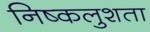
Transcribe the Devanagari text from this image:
निष्कलुशता